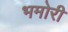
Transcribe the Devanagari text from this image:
भमोरी